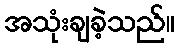
အသုံးချခဲ့သည်။